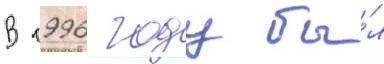
В 1996 году бы́л